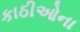
કાઠીઓના